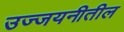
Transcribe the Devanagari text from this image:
उज्जयनीतील